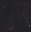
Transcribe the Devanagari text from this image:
ढुनड्